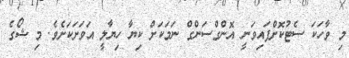
މި ވާހަކަ ސެޓުކޮށްފައިވަނީ އޮންގްސަންގް ނަމަކަށް ކިޔާ ހިޔާލީ އަވަށަކަށެވެ. މި ޝޯގެ